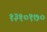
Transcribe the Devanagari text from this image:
१३१०१७०